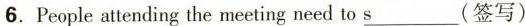
6.People attending the meeting need to\underline{s}(签写)